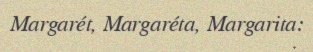
Margarét, Margaréta, Margarita: